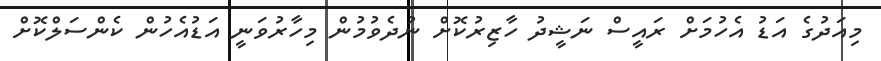
މިއަދުގެ އަޑު އެހުމަށް ރައީސް ނަޝީދު ހާޒިރުކޮށް ނުދެވުމުން މިހާރުވަނީ އަޑުއެހުން ކެންސަލްކޮށް